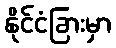
နိုင်ငံခြားမှာ